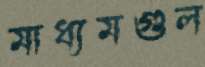
মাধ্যমগুল